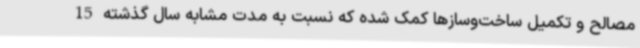
مصالح و تکمیل ساخت‌وسازها کمک شده که نسبت به مدت مشابه سال گذشته 15